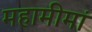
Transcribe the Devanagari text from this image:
महामीमां